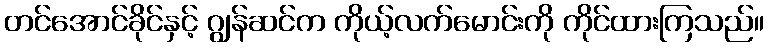
တင်အောင်ခိုင်နှင့် ဂျွန်ဆင်က ကိုယ့်လက်မောင်းကို ကိုင်ထားကြသည်။